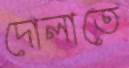
দোলাতে